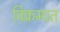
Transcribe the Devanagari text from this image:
विक्रमात